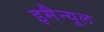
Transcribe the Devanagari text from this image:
इमैन्यूल